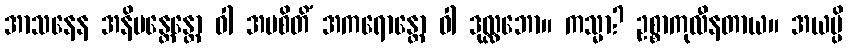
အာသနေန အနိမန္တေန္တော ဝါ အပစိတိံ အကရောန္တော ဝါ ဒုလ္လဘော။ ကသ္မာ? ဥစ္စာကုလီနတာယ။ အယမ္ပိ